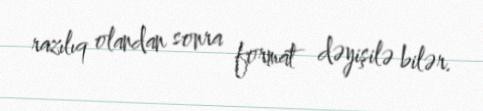
razılıq olandan sonra format dəyişilə bilər.